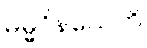
ဓမ္မဝိနယေတိ